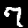
Digit: 7